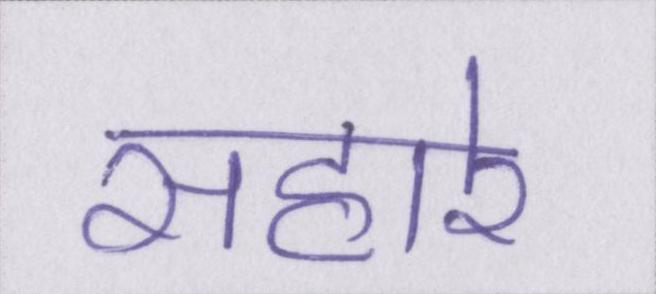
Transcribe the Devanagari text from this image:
सहारे